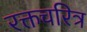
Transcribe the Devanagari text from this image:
रक्तचरित्र